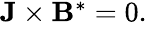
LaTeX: \begin{array}{r}{{\mathbf J}\times{\mathbf B}^{*}=0.}\end{array}